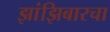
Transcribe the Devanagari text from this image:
झांझिबारचा